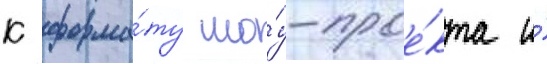
к форма́ту шо́у-прое́кта и́